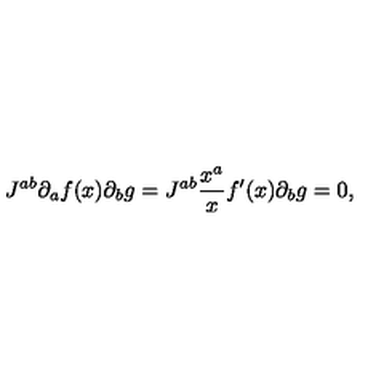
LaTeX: J ^ { a b } \partial _ { a } f ( x ) \partial _ { b } g = J ^ { a b } \frac { x ^ { a } } { x } f ^ { \prime } ( x ) \partial _ { b } g = 0 ,